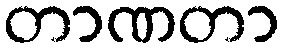
တာဏတာ